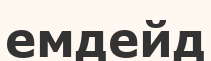
емдейд